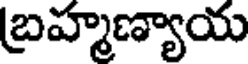
బ్రహ్మణ్యాయ